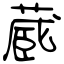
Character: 蔵